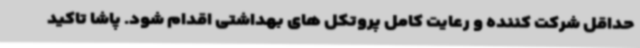
حداقل شرکت کننده و رعایت کامل پروتکل های بهداشتی اقدام شود. پاشا تاکید